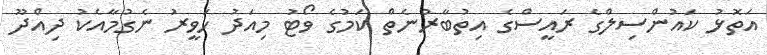
އަތޮޅު ކައުންސިލްގެ ރައީސްގެ އިތުބާރުނެތް ކަމުގެ ވޯޓު މިއަދު ހަވީރު ނެގުމާއެކު ދިއްދޫ